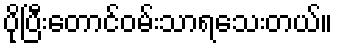
ပိုပြီးတောင်ဝမ်းသာရသေးတယ်။